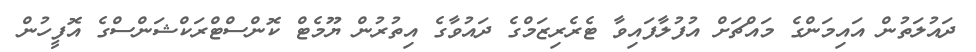
ދައުލަތުން އައިމަންގެ މައްޗަށް އުފުލާފައިވާ ޓެރެރިޒަމްގެ ދައުވާގެ އިތުރުން ޔޫމެޓް ކޮންސްޓްރަކްޝަންސްގެ އޮފީހުން